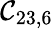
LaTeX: \mathcal{C}_{23,6}